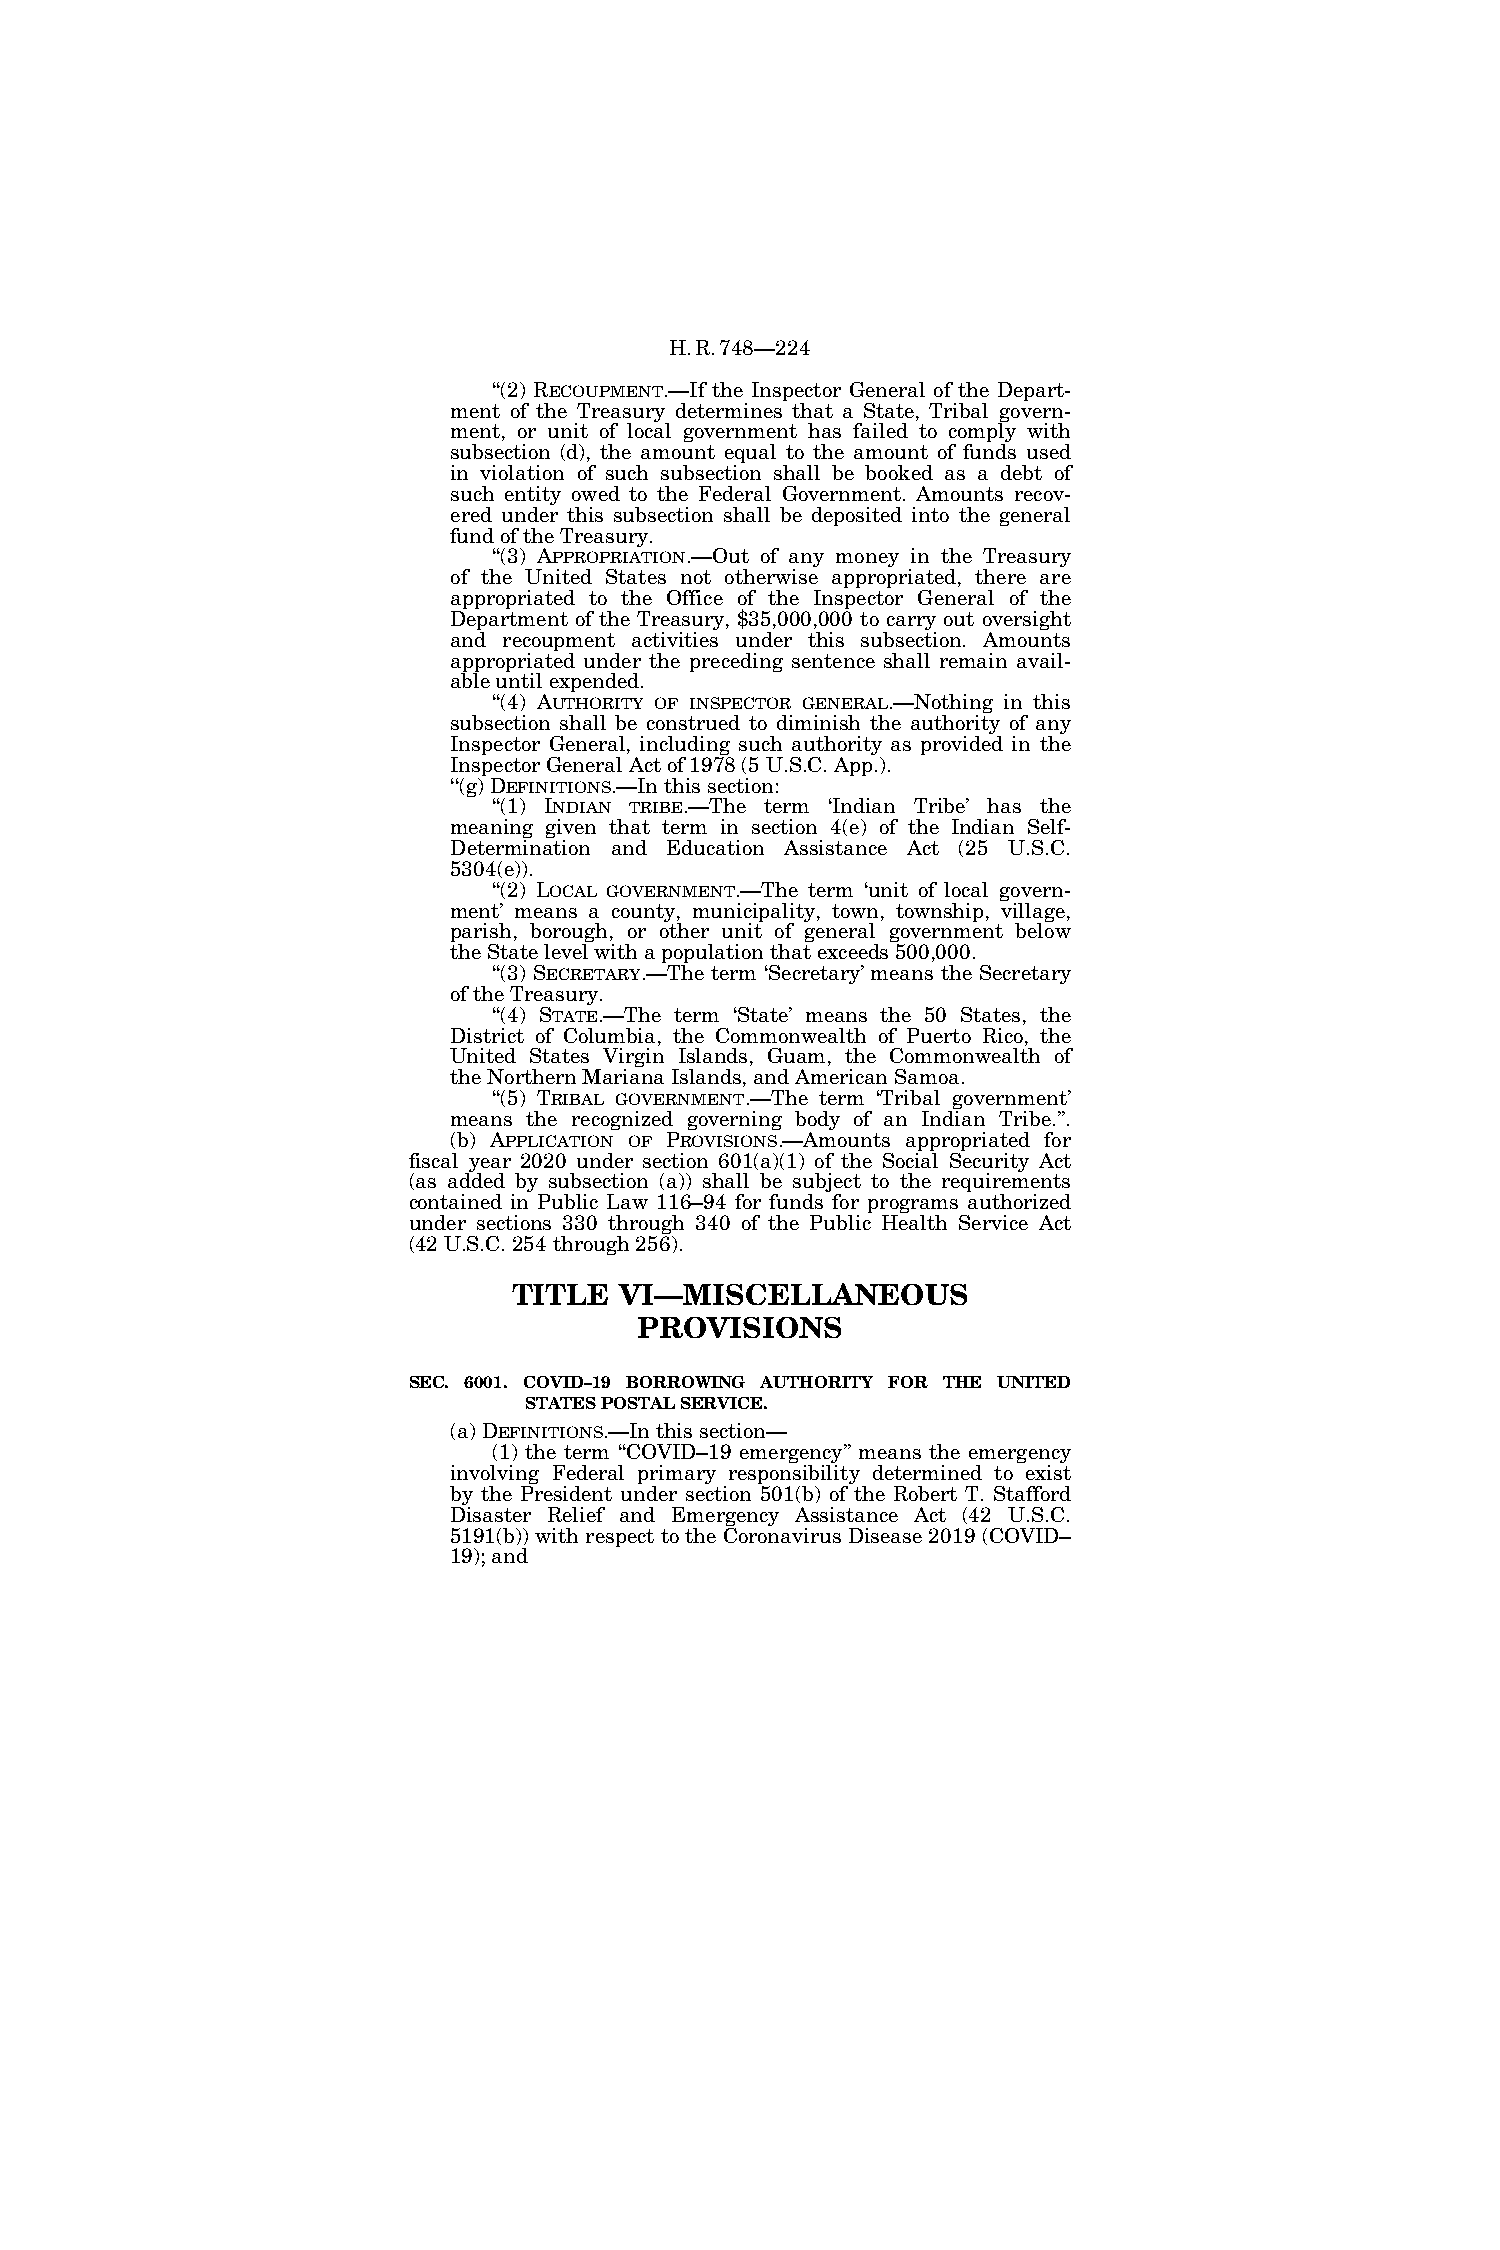
H.R.748—224
 ‘‘(2) RECOUPMENT.—If the Inspector General of the Depart-
 ment of the Treasury determines that a State, Tribal govern-
 ment, or unit of local government has failed to comply with
 subsection (d), the amount equal to the amount of funds used
 in violation of such subsection shall be booked as a debt of
 such entity owed to the Federal Government. Amounts recov-
 ered under this subsection shall be deposited into the general
 fund of the Treasury.
 ‘‘(3) APPROPRIATION.—Out of any money in the Treasury
 of the United States not otherwise appropriated, there are
 appropriated to the Office of the Inspector General of the
 Department of the Treasury, $35,000,000 to carry out oversight
 and recoupment activities under this subsection. Amounts
 appropriated under the preceding sentence shall remain avail-
 able until expended.
 ‘‘(4) AUTHORITY OF INSPECTOR GENERAL.—Nothing in this
 subsection shall be construed to diminish the authority of any
 Inspector General, including such authority as provided in the
 Inspector General Act of 1978 (5 U.S.C. App.).
 ‘‘(g) DEFINITIONS.—In this section:
 ‘‘(1) INDIAN TRIBE.—The term ‘Indian Tribe’ has the
 meaning given that term in section 4(e) of the Indian Self-
 Determination and Education Assistance Act (25 U.S.C.
 5304(e)).
 ‘‘(2) LOCAL GOVERNMENT.—The term ‘unit of local govern-
 ment’ means a county, municipality, town, township, village,
 parish, borough, or other unit of general government below
 the State level with a population that exceeds 500,000.
 ‘‘(3) SECRETARY.—The term ‘Secretary’ means the Secretary
 of the Treasury.
 ‘‘(4) STATE.—The term ‘State’ means the 50 States, the
 District of Columbia, the Commonwealth of Puerto Rico, the
 United States Virgin Islands, Guam, the Commonwealth of
 the Northern Mariana Islands, and American Samoa.
 ‘‘(5) TRIBAL GOVERNMENT.—The term ‘Tribal government’
 means the recognized governing body of an Indian Tribe.’’.
 (b) APPLICATION OF PROVISIONS.—Amounts appropriated for
 fiscal year 2020 under section 601(a)(1) of the Social Security Act
 (as added by subsection (a)) shall be subject to the requirements
 contained in Public Law 116–94 for funds for programs authorized
 under sections 330 through 340 of the Public Health Service Act
 (42 U.S.C. 254 through 256).
 TITLE  VI—MISCELLANEOUS
 PROVISIONS
 SEC. 6001. COVID–19 BORROWING AUTHORITY FOR THE UNITED
 STATES POSTAL SERVICE.
 (a) DEFINITIONS.—In this section—
 (1) the term ‘‘COVID–19 emergency’’ means the emergency
 involving Federal primary responsibility determined to exist
 by the President under section 501(b) of the Robert T. Stafford
 Disaster Relief and Emergency Assistance Act (42 U.S.C.
 5191(b)) with respect to the Coronavirus Disease 2019 (COVID–
 19); and